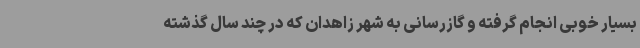
بسیار خوبی انجام گرفته و گازرسانی به شهر زاهدان که در چند سال گذشته